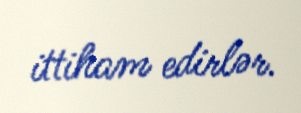
ittiham edirlər.